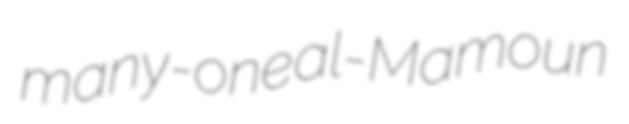
many-one al-Mamoun